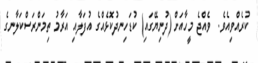
ކުރެއްވިއެވެ.  ވެއްޖެ މީހާއަށް (ދުނިޔޭގައި) ކުޑަހިނދުކޮޅެއްގެ އުފަލާއި އަރާމު ތިމަންރަސްކަލާނގެ